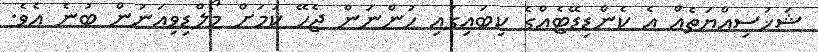
ޝަޚުސިއްޔަތެއް އެ ކެންޑިޑޭޓެއްގެ ކިބައިގައި ހުންނަން ޖެހޭ ކަމަށް މޯލްޑިވިއަނުން ބުނެ އެވެ.